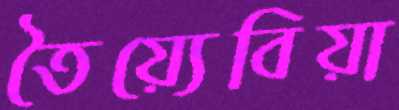
তৈয়্যেবিয়া